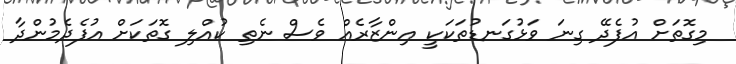
މިގޮތަށް އުފެދޭ ގިނަ ވަޅުގަނޑުތަކަކީ އިންޒާރެއް ވެސް ނެތި ކުއްލި ގޮތަކަށްް އުފެދެމުންދާ